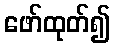
ဖော်ထုတ်၍